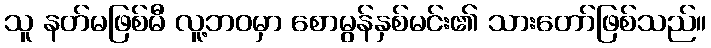
သူ နတ်မဖြစ်မီ လူ့ဘဝမှာ စောမွန်နှစ်မင်း၏ သားတော်ဖြစ်သည်။